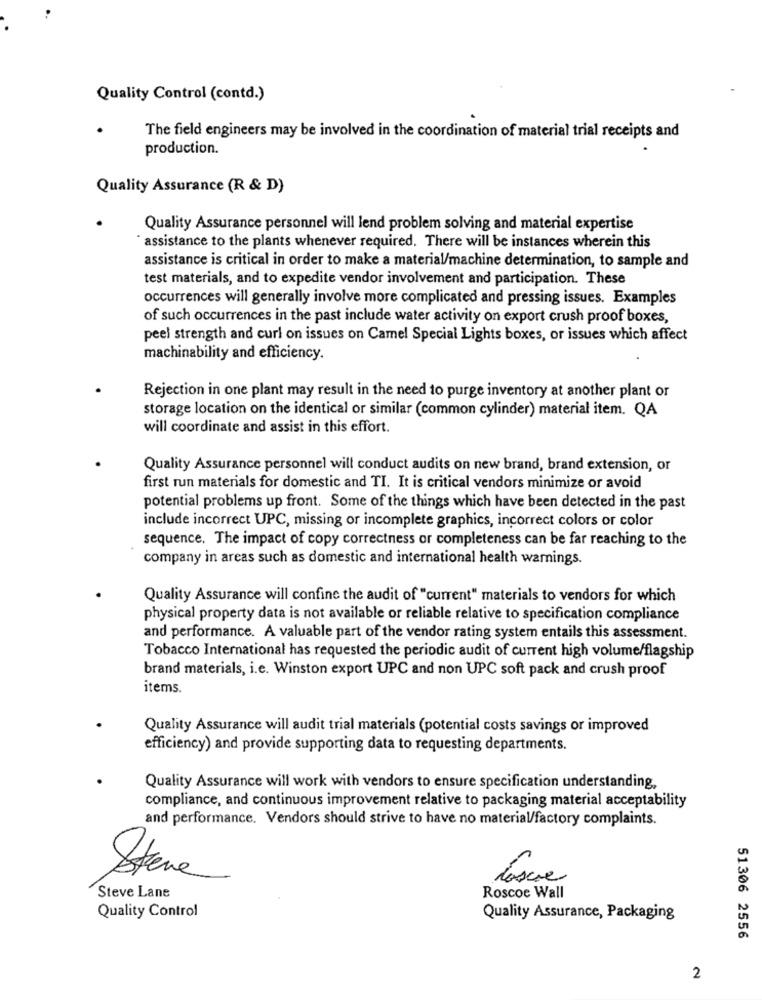
Quality Control (contd.)
The field engineers may be involved in the coordination of material trial receipts and
production.
Quality Assurance (R & D)
Quality Assurance personnel will lend problem solving and material expertise
* assistance to the plants whenever required. There will be instances wherein this
assistance is critical in order to make a material/machine determination, to sample and
test materials, and to expedite vendor involvement and participation. These
occurrences will generally involve more complicated and pressing issues. Examples
of such occurrences in the past include water activity on export crush proof boxes,
peel strength and curl on issues on Camel Special Lights boxes, or issues which affect
machinability and efficiency.
Rejection in one plant may result in the need to purge inventory at another plant or
storage location on the identical or similar (common cylinder) material item. QA
will coordinate and assist in this effort.
Quality Assurance personnel will conduct audits on new brand, brand extension, or
first run materials for domestic and TI. It is critical vendors minimize or avoid
potential problems up front. Some of the things which have been detected in the past
include incorrect UPC, missing or incomplete graphics, incorrect colors or color
sequence. The impact of copy correctness or completeness can be far reaching to the
company in areas such as domestic and international health warnings.
Quality Assurance will confine the audit of "current" materials to vendors for which
physical property data is not available or reliable relative to specification compliance
and performance. A valuable part of the vendor rating system entails this assessment.
Tobacco International has requested the periodic audit of current high volume/flagship
brand materials, i.e. Winston export UPC and non UPC soft pack and crush proof
items.
Quality Assurance will audit trial materials (potential costs savings or improved
efficiency) and provide supporting data to requesting departments.
Quality Assurance will work with vendors to ensure specification understanding,
compliance, and continuous improvement relative to packaging material acceptability
and performance. Vendors should strive to have no material/factory complaints.
Steve
Steve Lane
Roscoe Wall
Quality Control
Quality Assurance, Packaging
51306 2556
2